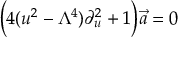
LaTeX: \Big ( 4 ( u ^ { 2 } - \Lambda ^ { 4 } ) \partial _ { u } ^ { 2 } + 1 \Big ) \vec { a } = 0